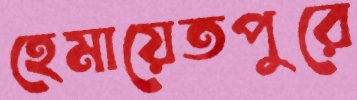
হেমায়েতপুরে